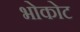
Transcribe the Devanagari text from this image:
भोकोट